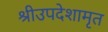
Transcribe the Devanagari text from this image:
श्रीउपदेशामृत